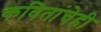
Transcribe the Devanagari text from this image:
कवितांचेही